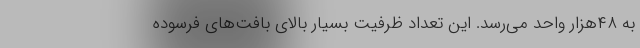
به ۴۸هزار واحد می‌رسد. این تعداد ظرفیت بسیار بالای بافت‌های فرسوده